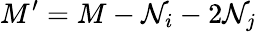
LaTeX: M^{\prime}=M-\mathcal{N}_{i}-2\mathcal{N}_{j}